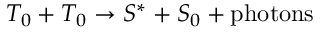
T _ { 0 } + T _ { 0 } \rightarrow S ^ { * } + S _ { 0 } + { \mathrm { p h o t o n s } }